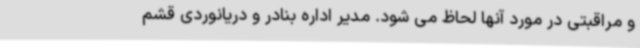
و مراقبتی در مورد آنها لحاظ می شود. مدیر اداره بنادر و دریانوردی قشم